Leaving Certificate Examination (including Day School Certificate (Higher) General paper), 1930
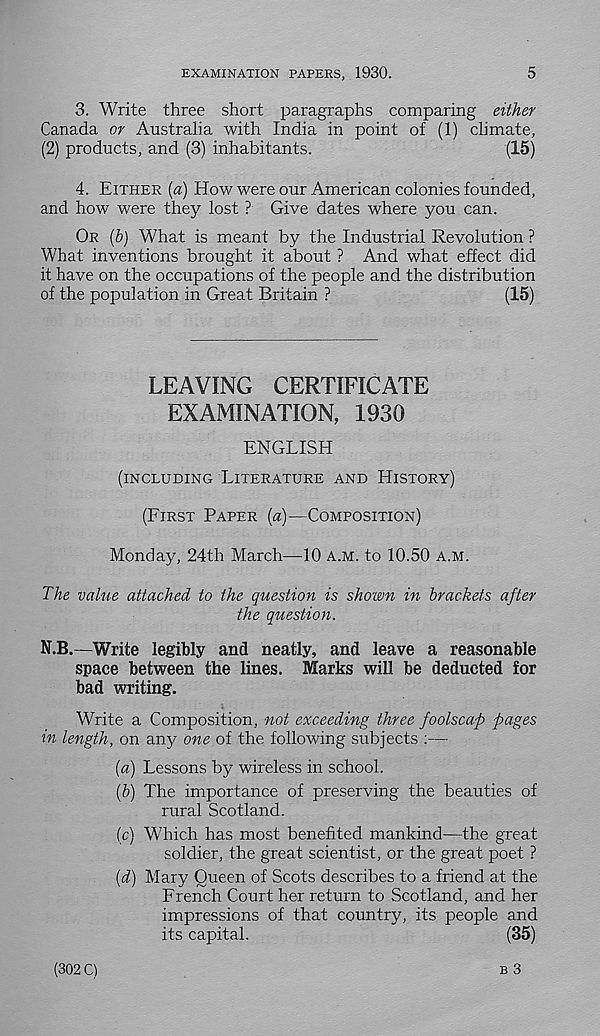
EXAMINATION PAPERS, 1930.
5
3. Write three short paragraphs comparing either
Canada or Australia with India in point of (1) climate,
(2) products, and (3) inhabitants.
(15)
4. EITHER {a) How were our American colonies founded,
and how were they lost ? Give dates where you can.
OR (b) What is meant by the Industrial Revolution ?
What inventions brought it about ? And what effect did
it have on the occupations of the people and the distribution
of the population in Great Britain ?
(15)
LEAVING CERTIFICATE
EXAMINATION, 1930
ENGLISH
(INCLUDING LITERATURE AND HISTORY)
(FIRST PAPER [a)—COMPOSITION)
Monday, 24th March—10 A.M. to 10.50 A.M.
The value attached to the question is shown in brackets after
the question.
N.B.—Write legibly and neatly, and leave a reasonable
space between the lines. Marks will be deducted for
bad writing.
White a Composition, not exceeding three foolscap pages
in length, on any one of the following subjects :—
[а) Lessons by wireless in school.
(б) The importance of preserving the beauties of
rural Scotland.
(c) W'hich has most benefited mankind—the great
soldier, the great scientist, or the great poet ?
{d) Mary Queen of Scots describes to a friend at the
French Court her return to Scotland, and her
impressions of that country, its people and
its capital.
(35)